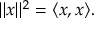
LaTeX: \| x \| ^ { 2 } = \langle x , x \rangle .